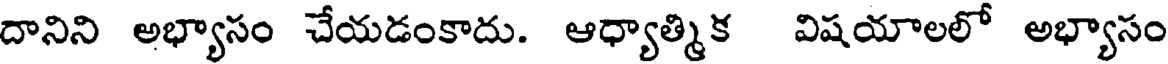
దానిని అభ్యాసం చేయడంకాదు. ఆధ్యాత్మిక విషయాలలో అభ్యాసం